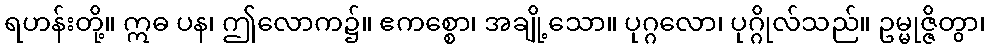
ရဟန်းတို့။ ဣဓ ပန၊ ဤလောက၌။ ဧကစ္စော၊ အချို့သော။ ပုဂ္ဂလော၊ ပုဂ္ဂိုလ်သည်။ ဥမ္မုဇ္ဇိတွာ၊